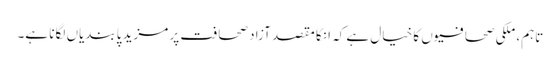
تاہم، ملکی صحافیوں کا خیال ہے کہ انکا مقصد آزاد صحافت پر مزید پابندیاں لگانا ہے۔